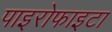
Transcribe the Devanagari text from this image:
पाइरोफाइटा